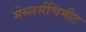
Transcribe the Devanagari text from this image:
मेस्सर्सचिमीट